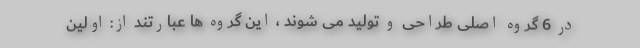
در 6 گروه اصلی طراحی و تولید می شوند ، این گروه ها عبارتند از: اولین